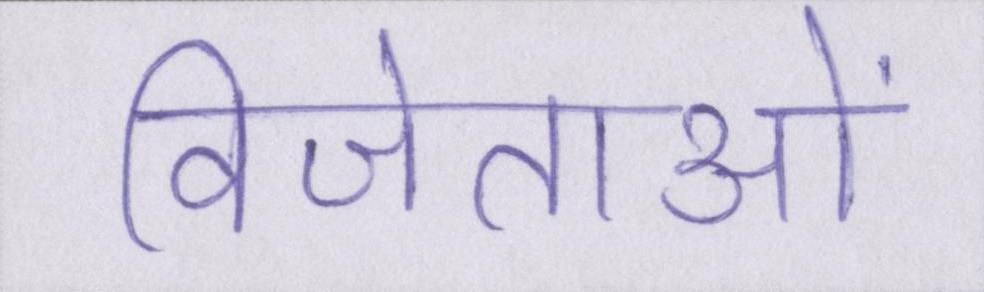
विजेताओं